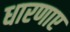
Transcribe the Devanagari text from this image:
धारणाए